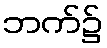
ဘက်၌